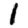
Digit: 1